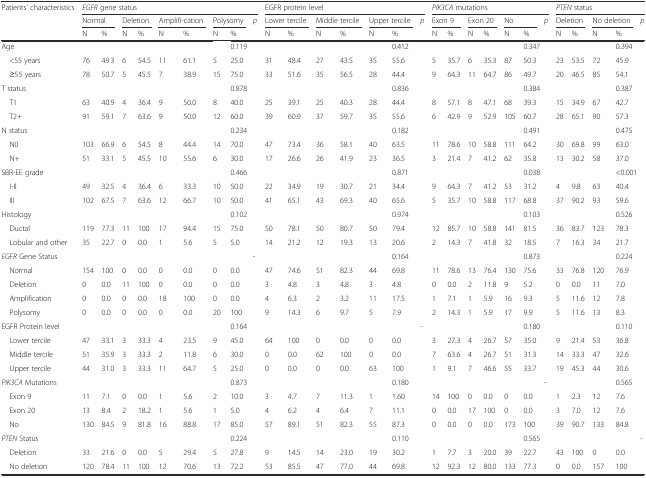
<table><thead><tr><td><b>Patients’ characteristics</b></td><td colspan="9"><b><i>EGFR</i> gene status</b></td><td colspan="7"><b>EGFR protein level</b></td><td colspan="7"><b><i>PIK3CA</i> mutations</b></td><td colspan="5"><b><i>PTEN</i> status</b></td></tr><tr><td></td><td colspan="2"><b>Normal</b></td><td colspan="2"><b>Deletion</b></td><td colspan="2"><b>Amplifi-cation</b></td><td colspan="2"><b>Polysomy</b></td><td><b><i>p</i></b></td><td colspan="2"><b>Lower tercile</b></td><td colspan="2"><b>Middle tercile</b></td><td colspan="2"><b>Upper tercile</b></td><td><b><i>p</i></b></td><td colspan="2"><b>Exon 9</b></td><td colspan="2"><b>Exon 20</b></td><td colspan="2"><b>No</b></td><td><b><i>p</i></b></td><td colspan="2"><b>Deletion</b></td><td colspan="2"><b>No deletion</b></td><td><b><i>p</i></b></td></tr><tr><td></td><td><b>N</b></td><td><b>%</b></td><td><b>N</b></td><td><b>%</b></td><td><b>N</b></td><td><b>%</b></td><td><b>N</b></td><td><b>%</b></td><td></td><td><b>N</b></td><td><b>%</b></td><td><b>N</b></td><td><b>%</b></td><td><b>N</b></td><td><b>%</b></td><td></td><td><b>N</b></td><td><b>%</b></td><td><b>N</b></td><td><b>%</b></td><td><b>N</b></td><td><b>%</b></td><td></td><td><b>N</b></td><td><b>%</b></td><td><b>N</b></td><td><b>%</b></td><td></td></tr></thead><tbody><tr><td>Age</td><td></td><td></td><td></td><td></td><td></td><td></td><td></td><td colspan="2">0.119</td><td></td><td></td><td></td><td></td><td></td><td colspan="2">0.412</td><td></td><td></td><td></td><td></td><td></td><td colspan="2">0.347</td><td></td><td></td><td></td><td colspan="2">0.394</td></tr><tr><td> &lt;55 years</td><td>76</td><td>49.3</td><td>6</td><td>54.5</td><td>11</td><td>61.1</td><td>5</td><td>25.0</td><td></td><td>31</td><td>48.4</td><td>27</td><td>43.5</td><td>35</td><td>55.6</td><td></td><td>5</td><td>35.7</td><td>6</td><td>35.3</td><td>87</td><td>50.3</td><td></td><td>23</td><td>53.5</td><td>72</td><td>45.9</td><td></td></tr><tr><td> ≥55 years</td><td>78</td><td>50.7</td><td>5</td><td>45.5</td><td>7</td><td>38.9</td><td>15</td><td>75.0</td><td></td><td>33</td><td>51.6</td><td>35</td><td>56.5</td><td>28</td><td>44.4</td><td></td><td>9</td><td>64.3</td><td>11</td><td>64.7</td><td>86</td><td>49.7</td><td></td><td>20</td><td>46.5</td><td>85</td><td>54.1</td><td></td></tr><tr><td>T status</td><td></td><td></td><td></td><td></td><td></td><td></td><td></td><td colspan="2">0.878</td><td></td><td></td><td></td><td></td><td></td><td colspan="2">0.836</td><td></td><td></td><td></td><td></td><td></td><td colspan="2">0.384</td><td></td><td></td><td></td><td colspan="2">0.387</td></tr><tr><td> T1</td><td>63</td><td>40.9</td><td>4</td><td>36.4</td><td>9</td><td>50.0</td><td>8</td><td>40.0</td><td></td><td>25</td><td>39.1</td><td>25</td><td>40.3</td><td>28</td><td>44.4</td><td></td><td>8</td><td>57.1</td><td>8</td><td>47.1</td><td>68</td><td>39.3</td><td></td><td>15</td><td>34.9</td><td>67</td><td>42.7</td><td></td></tr><tr><td> T2+</td><td>91</td><td>59.1</td><td>7</td><td>63.6</td><td>9</td><td>50.0</td><td>12</td><td>60.0</td><td></td><td>39</td><td>60.9</td><td>37</td><td>59.7</td><td>35</td><td>55.6</td><td></td><td>6</td><td>42.9</td><td>9</td><td>52.9</td><td>105</td><td>60.7</td><td></td><td>28</td><td>65.1</td><td>90</td><td>57.3</td><td></td></tr><tr><td>N status</td><td></td><td></td><td></td><td></td><td></td><td></td><td></td><td colspan="2">0.234</td><td></td><td></td><td></td><td></td><td></td><td colspan="2">0.182</td><td></td><td></td><td></td><td></td><td></td><td colspan="2">0.491</td><td></td><td></td><td></td><td colspan="2">0.475</td></tr><tr><td> N0</td><td>103</td><td>66.9</td><td>6</td><td>54.5</td><td>8</td><td>44.4</td><td>14</td><td>70.0</td><td></td><td>47</td><td>73.4</td><td>36</td><td>58.1</td><td>40</td><td>63.5</td><td></td><td>11</td><td>78.6</td><td>10</td><td>58.8</td><td>111</td><td>64.2</td><td></td><td>30</td><td>69.8</td><td>99</td><td>63.0</td><td></td></tr><tr><td> N+</td><td>51</td><td>33.1</td><td>5</td><td>45.5</td><td>10</td><td>55.6</td><td>6</td><td>30.0</td><td></td><td>17</td><td>26.6</td><td>26</td><td>41.9</td><td>23</td><td>36.5</td><td></td><td>3</td><td>21.4</td><td>7</td><td>41.2</td><td>62</td><td>35.8</td><td></td><td>13</td><td>30.2</td><td>58</td><td>37.0</td><td></td></tr><tr><td>SBR-EE grade</td><td></td><td></td><td></td><td></td><td></td><td></td><td></td><td colspan="2">0.466</td><td></td><td></td><td></td><td></td><td></td><td colspan="2">0.871</td><td></td><td></td><td></td><td></td><td></td><td colspan="2">0.038</td><td></td><td></td><td></td><td colspan="2">&lt;0.001</td></tr><tr><td> I-II</td><td>49</td><td>32.5</td><td>4</td><td>36.4</td><td>6</td><td>33.3</td><td>10</td><td>50.0</td><td></td><td>22</td><td>34.9</td><td>19</td><td>30.7</td><td>21</td><td>34.4</td><td></td><td>9</td><td>64.3</td><td>7</td><td>41.2</td><td>53</td><td>31.2</td><td></td><td>4</td><td>9.8</td><td>63</td><td>40.4</td><td></td></tr><tr><td> III</td><td>102</td><td>67.5</td><td>7</td><td>63.6</td><td>12</td><td>66.7</td><td>10</td><td>50.0</td><td></td><td>41</td><td>65.1</td><td>43</td><td>69.3</td><td>40</td><td>65.6</td><td></td><td>5</td><td>35.7</td><td>10</td><td>58.8</td><td>117</td><td>68.8</td><td></td><td>37</td><td>90.2</td><td>93</td><td>59.6</td><td></td></tr><tr><td>Histology</td><td></td><td></td><td></td><td></td><td></td><td></td><td></td><td colspan="2">0.102</td><td></td><td></td><td></td><td></td><td></td><td colspan="2">0.974</td><td></td><td></td><td></td><td></td><td></td><td colspan="2">0.103</td><td></td><td></td><td></td><td colspan="2">0.526</td></tr><tr><td> Ductal</td><td>119</td><td>77.3</td><td>11</td><td>100</td><td>17</td><td>94.4</td><td>15</td><td>75.0</td><td></td><td>50</td><td>78.1</td><td>50</td><td>80.7</td><td>50</td><td>79.4</td><td></td><td>12</td><td>85.7</td><td>10</td><td>58.8</td><td>141</td><td>81.5</td><td></td><td>36</td><td>83.7</td><td>123</td><td>78.3</td><td></td></tr><tr><td> Lobular and other</td><td>35</td><td>22.7</td><td>0</td><td>0.0</td><td>1</td><td>5.6</td><td>5</td><td>5.0</td><td></td><td>14</td><td>21.2</td><td>12</td><td>19.3</td><td>13</td><td>20.6</td><td></td><td>2</td><td>14.3</td><td>7</td><td>41.8</td><td>32</td><td>18.5</td><td></td><td>7</td><td>16.3</td><td>34</td><td>21.7</td><td></td></tr><tr><td><i>EGFR</i> Gene Status</td><td></td><td></td><td></td><td></td><td></td><td></td><td></td><td></td><td>-</td><td></td><td></td><td></td><td></td><td></td><td colspan="2">0.164</td><td></td><td></td><td></td><td></td><td></td><td colspan="2">0.873</td><td></td><td></td><td></td><td colspan="2">0.224</td></tr><tr><td> Normal</td><td>154</td><td>100</td><td>0</td><td>0.0</td><td>0</td><td>0.0</td><td>0</td><td>0.0</td><td></td><td>47</td><td>74.6</td><td>51</td><td>82.3</td><td>44</td><td>69.8</td><td></td><td>11</td><td>78.6</td><td>13</td><td>76.4</td><td>130</td><td>75.6</td><td></td><td>33</td><td>76.8</td><td>120</td><td>76.9</td><td></td></tr><tr><td> Deletion</td><td>0</td><td>0.0</td><td>11</td><td>100</td><td>0</td><td>0.0</td><td>0</td><td>0.0</td><td></td><td>3</td><td>4.8</td><td>3</td><td>4.8</td><td>3</td><td>4.8</td><td></td><td>0</td><td>0.0</td><td>2</td><td>11.8</td><td>9</td><td>5.2</td><td></td><td>0</td><td>0.0</td><td>11</td><td>7.0</td><td></td></tr><tr><td> Amplification</td><td>0</td><td>0.0</td><td>0</td><td>0.0</td><td>18</td><td>100</td><td>0</td><td>0.0</td><td></td><td>4</td><td>6.3</td><td>2</td><td>3.2</td><td>11</td><td>17.5</td><td></td><td>1</td><td>7.1</td><td>1</td><td>5.9</td><td>16</td><td>9.3</td><td></td><td>5</td><td>11.6</td><td>12</td><td>7.8</td><td></td></tr><tr><td> Polysomy</td><td>0</td><td>0.0</td><td>0</td><td>0.0</td><td>0</td><td>0.0</td><td>20</td><td>100</td><td></td><td>9</td><td>14.3</td><td>6</td><td>9.7</td><td>5</td><td>7.9</td><td></td><td>2</td><td>14.3</td><td>1</td><td>5.9</td><td>17</td><td>9.9</td><td></td><td>5</td><td>11.6</td><td>13</td><td>8.3</td><td></td></tr><tr><td>EGFR Protein level</td><td></td><td></td><td></td><td></td><td></td><td></td><td></td><td colspan="2">0.164</td><td></td><td></td><td></td><td></td><td></td><td></td><td>-</td><td></td><td></td><td></td><td></td><td></td><td colspan="2">0.180</td><td></td><td></td><td></td><td colspan="2">0.110</td></tr><tr><td> Lower tercile</td><td>47</td><td>33.1</td><td>3</td><td>33.3</td><td>4</td><td>23.5</td><td>9</td><td>45.0</td><td></td><td>64</td><td>100</td><td>0</td><td>0.0</td><td>0</td><td>0.0</td><td></td><td>3</td><td>27.3</td><td>4</td><td>26.7</td><td>57</td><td>35.0</td><td></td><td>9</td><td>21.4</td><td>53</td><td>36.8</td><td></td></tr><tr><td> Middle tercile</td><td>51</td><td>35.9</td><td>3</td><td>33.3</td><td>2</td><td>11.8</td><td>6</td><td>30.0</td><td></td><td>0</td><td>0.0</td><td>62</td><td>100</td><td>0</td><td>0.0</td><td></td><td>7</td><td>63.6</td><td>4</td><td>26.7</td><td>51</td><td>31.3</td><td></td><td>14</td><td>33.3</td><td>47</td><td>32.6</td><td></td></tr><tr><td> Upper tercile</td><td>44</td><td>31.0</td><td>3</td><td>33.3</td><td>11</td><td>64.7</td><td>5</td><td>25.0</td><td></td><td>0</td><td>0.0</td><td>0</td><td>0.0</td><td>63</td><td>100</td><td></td><td>1</td><td>9.1</td><td>7</td><td>46.6</td><td>55</td><td>33.7</td><td></td><td>19</td><td>45.3</td><td>44</td><td>30.6</td><td></td></tr><tr><td><i>PIK3CA</i> Mutations</td><td></td><td></td><td></td><td></td><td></td><td></td><td></td><td colspan="2">0.873</td><td></td><td></td><td></td><td></td><td></td><td colspan="2">0.180</td><td></td><td></td><td></td><td></td><td></td><td></td><td>-</td><td></td><td></td><td></td><td colspan="2">0.565</td></tr><tr><td> Exon 9</td><td>11</td><td>7.1</td><td>0</td><td>0.0</td><td>1</td><td>5.6</td><td>2</td><td>10.0</td><td></td><td>3</td><td>4.7</td><td>7</td><td>11.3</td><td>1</td><td>1.60</td><td></td><td>14</td><td>100</td><td>0</td><td>0.0</td><td>0</td><td>0.0</td><td></td><td>1</td><td>2.3</td><td>12</td><td>7.6</td><td></td></tr><tr><td> Exon 20</td><td>13</td><td>8.4</td><td>2</td><td>18.2</td><td>1</td><td>5.6</td><td>1</td><td>5.0</td><td></td><td>4</td><td>6.2</td><td>4</td><td>6.4</td><td>7</td><td>11.1</td><td></td><td>0</td><td>0.0</td><td>17</td><td>100</td><td>0</td><td>0.0</td><td></td><td>3</td><td>7.0</td><td>12</td><td>7.6</td><td></td></tr><tr><td> No</td><td>130</td><td>84.5</td><td>9</td><td>81.8</td><td>16</td><td>88.8</td><td>17</td><td>85.0</td><td></td><td>57</td><td>89.1</td><td>51</td><td>82.3</td><td>55</td><td>87.3</td><td></td><td>0</td><td>0.0</td><td>0</td><td>0.0</td><td>173</td><td>100</td><td></td><td>39</td><td>90.7</td><td>133</td><td>84.8</td><td></td></tr><tr><td><i>PTEN</i> Status</td><td></td><td></td><td></td><td></td><td></td><td></td><td></td><td colspan="2">0.224</td><td></td><td></td><td></td><td></td><td></td><td colspan="2">0.110</td><td></td><td></td><td></td><td></td><td></td><td colspan="2">0.565</td><td></td><td></td><td></td><td></td><td>-</td></tr><tr><td> Deletion</td><td>33</td><td>21.6</td><td>0</td><td>0.0</td><td>5</td><td>29.4</td><td>5</td><td>27.8</td><td></td><td>9</td><td>14.5</td><td>14</td><td>23.0</td><td>19</td><td>30.2</td><td></td><td>1</td><td>7.7</td><td>3</td><td>20.0</td><td>39</td><td>22.7</td><td></td><td>43</td><td>100</td><td>0</td><td>0.0</td><td></td></tr><tr><td> No deletion</td><td>120</td><td>78.4</td><td>11</td><td>100</td><td>12</td><td>70.6</td><td>13</td><td>72.2</td><td></td><td>53</td><td>85.5</td><td>47</td><td>77.0</td><td>44</td><td>69.8</td><td></td><td>12</td><td>92.3</td><td>12</td><td>80.0</td><td>133</td><td>77.3</td><td></td><td>0</td><td>0.0</td><td>157</td><td>100</td><td></td></tr></tbody></table>